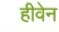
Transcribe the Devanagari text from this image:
हीवेन